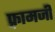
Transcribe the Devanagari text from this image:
फ़्रामजी